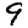
Digit: 9